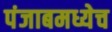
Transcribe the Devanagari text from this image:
पंजाबमध्येच